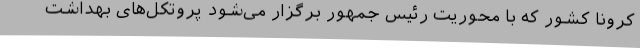
کرونا کشور که با محوریت رئیس جمهور برگزار می‌شود پروتکل‌های بهداشت